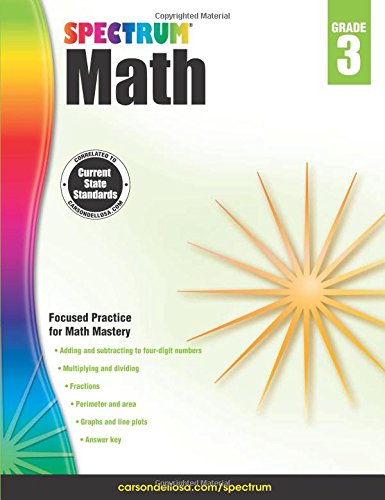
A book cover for Spectrum Math Workbook, Grade 3; Children's Books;